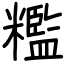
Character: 糮